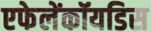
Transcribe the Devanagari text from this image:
एफेलेंकॉयडिस